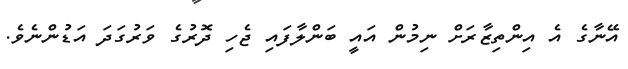
އޭނާގެ އެ އިންތިޒާރަށް ނިމުން އައީ ބަންލާފައި ޖެހި ދޮރުގެ ވަރުގަދަ އަޑުންނެވެ.